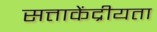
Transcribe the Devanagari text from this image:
सत्ताकेंद्रीयता